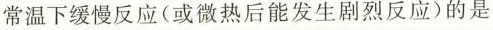
常温下缓慢反应(或微热后能发生剧烈反应)的是